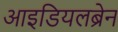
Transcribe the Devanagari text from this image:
आइडियलब्रेन